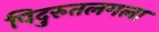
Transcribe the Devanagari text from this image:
पिदुरुतलगला